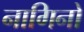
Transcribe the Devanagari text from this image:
नागिनों